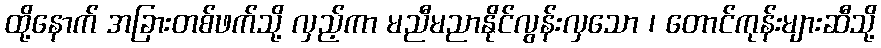
ထို့နောက် အခြားတစ်ဖက်သို့ လှည့်ကာ မညီမညာနိုင်လွန်းလှသော ၊ တောင်ကုန်းများဆီသို့